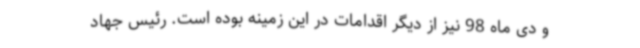
و دی ماه 98 نیز از دیگر اقدامات در این زمینه بوده است. رئیس جهاد